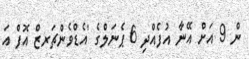
ން 9 އަށް އޭނާ އުފެއްދި 6 ޕެނަލްގެ 'އެޑްވެންޗަރޒް އޮފް އަ